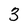
Character: 3